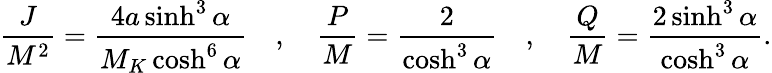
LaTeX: {\frac{J}{M^{2}}}={\frac{4a\sinh^{3}\alpha}{M_{K}\cosh^{6}\alpha}}\quad,\quad{\frac{P}{M}}={\frac{2}{\cosh^{3}\alpha}}\quad,\quad{\frac{Q}{M}}={\frac{2\sinh^{3}\alpha}{\cosh^{3}\alpha}}.